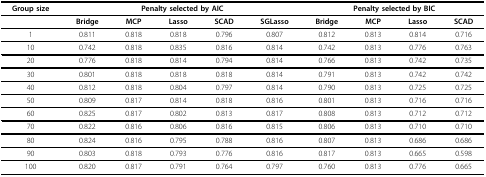
<table><thead><tr><td><b>Group size</b></td><td colspan="5"><b>Penalty selected by AIC</b></td><td colspan="4"><b>Penalty selected by BIC</b></td></tr></thead><tbody><tr><td></td><td><b>Bridge</b></td><td><b>MCP</b></td><td><b>Lasso</b></td><td><b>SCAD</b></td><td><b>SGLasso</b></td><td><b>Bridge</b></td><td><b>MCP</b></td><td><b>Lasso</b></td><td><b>SCAD</b></td></tr><tr><td>1</td><td>0.811</td><td>0.818</td><td>0.818</td><td>0.796</td><td>0.807</td><td>0.812</td><td>0.813</td><td>0.814</td><td>0.716</td></tr><tr><td>10</td><td>0.742</td><td>0.818</td><td>0.835</td><td>0.816</td><td>0.814</td><td>0.742</td><td>0.813</td><td>0.776</td><td>0.763</td></tr><tr><td>20</td><td>0.776</td><td>0.818</td><td>0.814</td><td>0.794</td><td>0.814</td><td>0.766</td><td>0.813</td><td>0.742</td><td>0.735</td></tr><tr><td>30</td><td>0.801</td><td>0.818</td><td>0.818</td><td>0.818</td><td>0.814</td><td>0.791</td><td>0.813</td><td>0.742</td><td>0.742</td></tr><tr><td>40</td><td>0.812</td><td>0.818</td><td>0.804</td><td>0.797</td><td>0.814</td><td>0.790</td><td>0.813</td><td>0.725</td><td>0.725</td></tr><tr><td>50</td><td>0.809</td><td>0.817</td><td>0.814</td><td>0.818</td><td>0.816</td><td>0.801</td><td>0.813</td><td>0.716</td><td>0.716</td></tr><tr><td>60</td><td>0.825</td><td>0.817</td><td>0.802</td><td>0.813</td><td>0.817</td><td>0.808</td><td>0.813</td><td>0.712</td><td>0.712</td></tr><tr><td>70</td><td>0.822</td><td>0.816</td><td>0.806</td><td>0.816</td><td>0.815</td><td>0.806</td><td>0.813</td><td>0.710</td><td>0.710</td></tr><tr><td>80</td><td>0.824</td><td>0.816</td><td>0.795</td><td>0.788</td><td>0.816</td><td>0.807</td><td>0.813</td><td>0.686</td><td>0.686</td></tr><tr><td>90</td><td>0.803</td><td>0.818</td><td>0.793</td><td>0.776</td><td>0.816</td><td>0.817</td><td>0.813</td><td>0.665</td><td>0.598</td></tr><tr><td>100</td><td>0.820</td><td>0.817</td><td>0.791</td><td>0.764</td><td>0.797</td><td>0.760</td><td>0.813</td><td>0.776</td><td>0.665</td></tr></tbody></table>